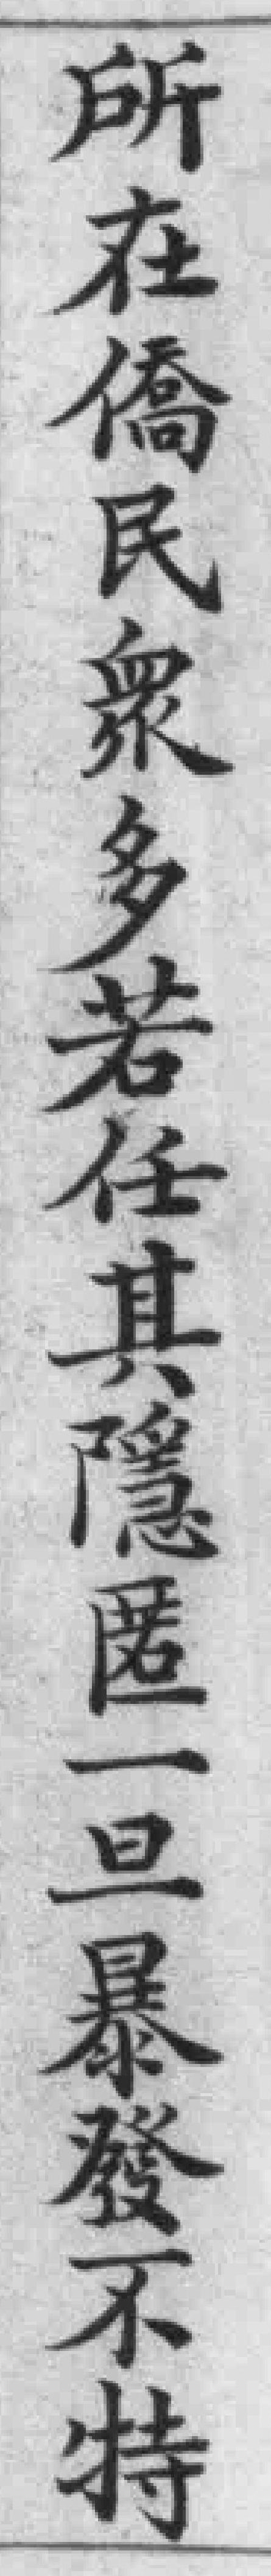
所在僑民衆多若任其隱匿一旦暴發不特